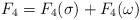
LaTeX: \begin{align*}F_4 = F_4(\sigma) + F_4(\omega)\end{align*}